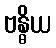
ဗန္ဓိယ